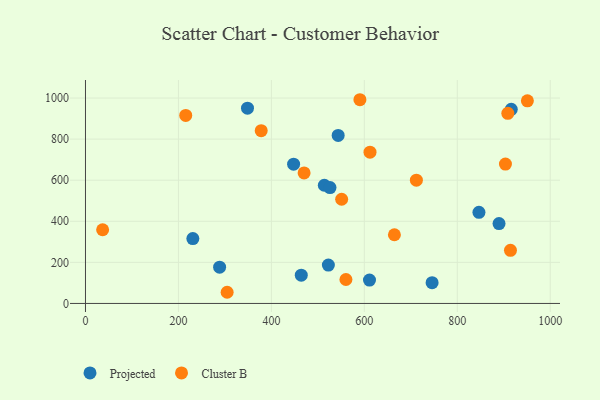
{"axis": {"x": "Ad Spend", "y": "Salary"}, "legend": ["Cluster B", "Projected"], "data": [{"x": "464.3", "y": 137.9, "type": "Projected"}, {"x": "288.6", "y": 176.6, "type": "Projected"}, {"x": "522.6", "y": 186.6, "type": "Projected"}, {"x": "611.1", "y": 113.6, "type": "Projected"}, {"x": "231.0", "y": 315.8, "type": "Projected"}, {"x": "348.6", "y": 950.9, "type": "Projected"}, {"x": "846.6", "y": 443.8, "type": "Projected"}, {"x": "745.8", "y": 101.1, "type": "Projected"}, {"x": "916.1", "y": 945.0, "type": "Projected"}, {"x": "513.9", "y": 575.5, "type": "Projected"}, {"x": "889.8", "y": 389.0, "type": "Projected"}, {"x": "447.8", "y": 678.2, "type": "Projected"}, {"x": "543.7", "y": 818.3, "type": "Projected"}, {"x": "526.1", "y": 564.4, "type": "Projected"}, {"x": "903.6", "y": 678.8, "type": "Cluster B"}, {"x": "950.8", "y": 986.5, "type": "Cluster B"}, {"x": "908.7", "y": 925.5, "type": "Cluster B"}, {"x": "914.4", "y": 258.5, "type": "Cluster B"}, {"x": "664.7", "y": 334.4, "type": "Cluster B"}, {"x": "304.8", "y": 54.4, "type": "Cluster B"}, {"x": "560.4", "y": 116.6, "type": "Cluster B"}, {"x": "612.2", "y": 736.3, "type": "Cluster B"}, {"x": "470.4", "y": 635.4, "type": "Cluster B"}, {"x": "712.0", "y": 600.4, "type": "Cluster B"}, {"x": "551.2", "y": 507.4, "type": "Cluster B"}, {"x": "215.7", "y": 915.7, "type": "Cluster B"}, {"x": "378.1", "y": 841.1, "type": "Cluster B"}, {"x": "590.5", "y": 991.9, "type": "Cluster B"}, {"x": "36.9", "y": 358.8, "type": "Cluster B"}]}